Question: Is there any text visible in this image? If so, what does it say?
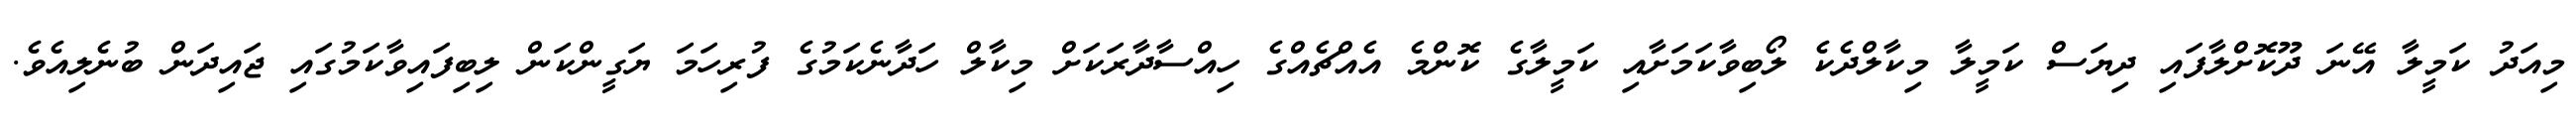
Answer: މިއަދު ކަމީލާ އޭނަ ދޫކޮށްލާފައި ދިޔަސް ކަމީލާ މިކާލްދެކެ ލޯބިވާކަމަށާއި ކަމީލާގެ ކޮންމެ އެއްޗެއްގެ ހިއްސާދާރަކަށް މިކާލް ހަދާނެކަމުގެ ފުރިހަމަ ޔަގީންކަން ލިބިފައިވާކަމުގައި ޖައިދަން ބުނެލިއެވެ.